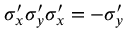
\sigma _ { x } ^ { \prime } \sigma _ { y } ^ { \prime } \sigma _ { x } ^ { \prime } = - \sigma _ { y } ^ { \prime }